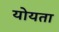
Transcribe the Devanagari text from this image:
योयता